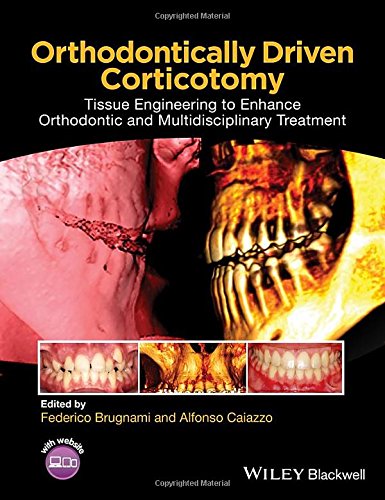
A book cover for Orthodontically Driven Corticotomy: Tissue Engineering to Enhance Orthodontic and Multidisciplinary Treatment; Medical Books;